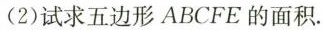
(2)试求五边形ABCFE的面积。